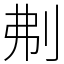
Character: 刜